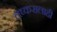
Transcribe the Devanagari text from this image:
लष्करालाही